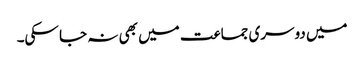
میں دوسری جماعت میں بھی نہ جا سکی۔